Vital statistics of India. Vol. IV, Annual returns from 1871 to 1876. British Army of India, Native Army and jails of Bengal
Year: 1871
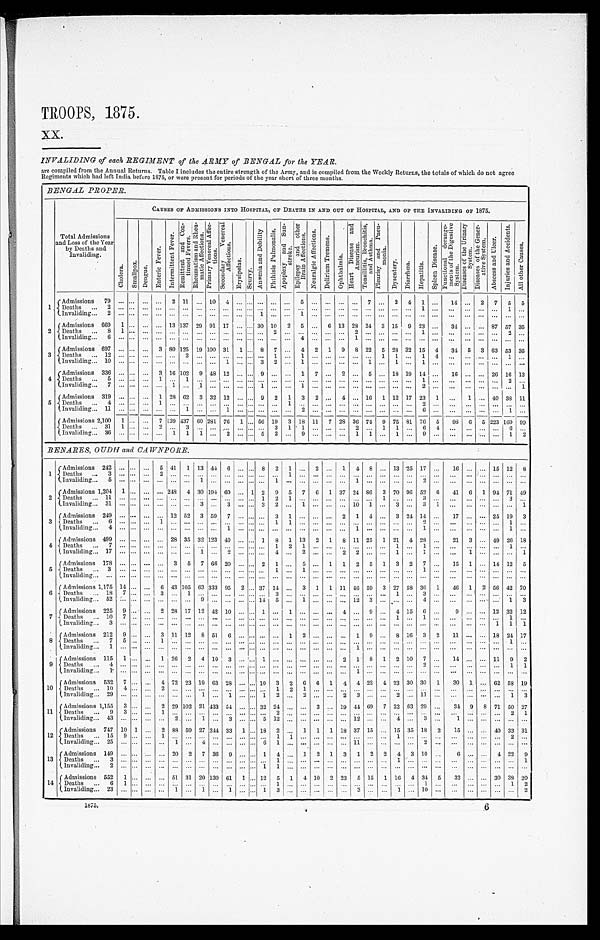
TROOPS, 1875.
XX.
INVALIDING of each REGIMENT of the ARMY of BENGAL for the YEAR.
are compiled from the Annual Returns. Table I includes the entire strength of the Army, and is compiled from the Weekly Returns, the totals of which do not agree
Regiments which had left India before 1875, or were present for periods of the year short of three months.
BENGAL PROPER.
Total Admissions
and Loss of the Year
by Deaths and
Invaliding.
CAUSES OF ADMISSIONS INTO HOSPITAL, OF DEATHS IN AND OUT OF HOSPITAL, AND OF THE INVALIDING OF 1875.
C h o l e r a . S m a l l p o x . D e n g u e .
E n t e r i c F e v e r .
I n t e r m i t t e n t F e v e r .
R e m i t t e n t a n d C o n -
t i n u e d F e v e r s .
R h e u m a t i s m a n d R h e u -
m a t i c A f f e c t i o n s .
P r i m a r y V e n e r e a l A f f e c -
t i ons .
S e c o n d a r y V e n e r e a l
Af f e c t i o n s .
E r y s i p e l a s .
S c u r v y .
A n æ m i a a n d D e b i l i t y
P h t h i s i s P u l m o n a l i s .
A p o p l e x y a n d S u n -
s t r oke.
E p i l e p s y a n d o t h e r
B r a i n A f f e c t i o n s . N e u r a l g i c A f f e c t i o n s .
D e l i r i u m T r e m e n s .
O p h t h a l m i a .
H e a r t D i s e a s e a n d
A n e u r i s m . T o n s i l l i t i s , B r o n c h i t i s ,
a n d A s t h ma .
P l e u r i s y a n d P n e u -
mo n i a .
D y s e n t e r y . D i a r r h œ a . H e p a t i t i s .
S p l e e n D i s e a s e . F u n c t i o n a l d e r a n g e -
m e n t s o f t h e D i g e s t i v e
S y s t e m .
D i s e a s e s o f t h e U r i n a r y
S y s t e m . D i s e a s e s o f t h e G e n e r -
a t i v e S y s t e m .
A b s c e s s a n d U l c e r .
I n j u r i e s a n d A c c i d e n t s .
A l l o t h e r C a u s e s .
1
Admissions 79
2 11
10 4
5
7
2 4 1
14
2 7 5 5
D e a t h s 2
1
1
I v a l i s i n g 2
1
1
2
Admissions 669 1
13 137 29 91 17
30 10 2 5
6 13 28 24 3 15 9 23
34
87 57 35
D e a t h s 8 1
2
2
1
2
I n v a l i d i n g 6
4
1
3
Admissions 697
3 80 1 2 5 1 9 100 31 1
8 7
4 2 1 9 8 2 2 5 28 32 15 4 34 5 3 63 53 35
D e a t h s 1 2
2
1
1
1 1
1
4
1
Invaliding 10
1
3
2
1
1
1
1
4
Admissions 336
3 16 102 9 48 12
9
1 7
2
5
18 19 14
16
26 16 13
D e a t h s 5
1
1
1
2
I n v a l i d i n g 7
1
1
1
1
2
1
5
Admissions 319
1 28 62 3 32 12
9 2 1 3 2
4
16 1 12 17 23 1
1
40 38 11
Deaths 4
1
1
2
I v a l i d i n g 1 1
1
1
2
6
1
Admissions 2,100 1
7 139 437 60 281 76 1 56 19 3 1
8
11 7 28 36 74 9 75 81 76 5 98 6 5 223 169 99
D e a t h s 3 1 1
2
3
3 1 1
2
1 1
6 4
6
Invaliding 36
1 1 1
2
5 2
9
1 1
1
9
1 2
BENARES, OUDH and CAWNPORE.
1 Admissions 242
5 41 1 13 44
6
8 2 1
2
1 4 8
13 25 17
16
15 12 8
D e a t h s 3
2
1
I n v a l i d i n g 5
1
1
1
2
2 Admissions 1,204 1
248 4 30 194 60
1 2 9 5 7 6 1 37 24 86 3 70 96 52 6 41 6 1 94 71 49
D e a t h s 1 1
1
2 1
1
3
3
I n v a l i d i n g 3 1
3 3
3
2
1
1 0 1
3
3
1
1
3 Admissions 249
12 52 3 59 7
3 1
2 1 4
3 24 14
17
25 19 3
D e a t h s 6
1
1 1
2
1
I n v a l i d i n g 4
1
1
1
1
4 Admissions 499
28 35 32 123 40
1 8 1 13 2 1 8 11 25 1 21 4 28
21 3
49 26 18
Deaths 7
1 2
1
1
1
1
I n v a l i d i n g 1 7
1 2
4
2
2 2
1
1
1
1
5 Admissions 178
3 5 7 66 20
2 1
5
1 1 2 5 1 3 2 7
15 1
14 12 5
D e a t h s 3
1
1
1
I n v a l i d i n g
6 Admissions 1,175 14
6 43 105 63 333 95 2 37 14
3 1 1 11 46 59 3 27 58 36 1 46 1 2 56 42 70
Deaths 18 7
3
1
3
1
3
I n v a l i d i n g 5 2
9
14 5
1
1 2 3
4
1 3
7 Admissions 225 9
2 28 17 12 42 10
1
1
4
9
4 1 5 6
9
12 32 12
Deaths 10 7
1
1
1
I v a l i d i n g 3
1 1 1
8 Admissions 212 9
3 11 12 8 51 6
1 2
1 9
8 16 3 2 11
18 24 17
D e a t h s 7 5
1
1
I n v a l i d i n g 1
1
9 Admissions 115 1
1 26 2 4 10 3
1
2 1 8 1 2 10 7
14
11 9 2
D e a t h s 4
2
1 1
I n v a l i d i n g 1
1
1 0 Admissions 532 7
4 72 23 19 63 28
10 3 2 6 6 1 4 4 22 4 23 30 30 1 30 1
62 58 19
D e a t h s 1 0 4
2
1 2
1
I n v a l i d i n g 2 9
1 1
1
2
2
2 3
2
11
1 3
1 1 Admissions 1,155 3
2 29 102 21 433 54
32 24
3
19 44 69 7 22 63 29
34 9 8 71 50 27
D e a t h s 9 3
1
2
2 1
I n v a l i d i n g 4 3
2
1 3
5
1 2
1 2
4 3
1
1 2 Admissions 747 10 1
2 88 59 27 244 33 1 18 2
1
1 1 1 18 3 7 1 5
15 35 18 2 15
40 33 31
D e a t h s 1 5 9
1
1 1
1
2
I n v a l i d i n g 2 5
1
4
6
1
1 1
2
1 3 Admissions 149
20 2 7 36 9
1 4
1 2 1 3 1 2 2 4 3 10
6
4 22 9
D e a t h s 3
1
1
1
I n v a l i d i n g 2
1
1
1 4 Admissions 552 1
51 31 20 130 61 1 12 5 1
4 10 2 23 5 15 1 16 434 5 32
30 38 20
D e a t h s 6 1
1
1
1 2
I n v a l i d i n g 2 3
1
1 1
1
3
3
1 10
2
1875.
6